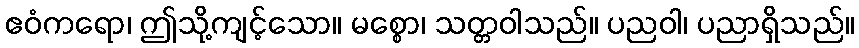
ဧဝံကရော၊ ဤသို့ကျင့်သော။ မစ္စော၊ သတ္တဝါသည်။ ပညဝါ၊ ပညာရှိသည်။